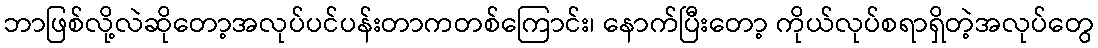
ဘာဖြစ်လို့လဲဆိုတော့အလုပ်ပင်ပန်းတာကတစ်ကြောင်း၊ နောက်ပြီးတော့ ကိုယ်လုပ်စရာရှိတဲ့အလုပ်တွေ